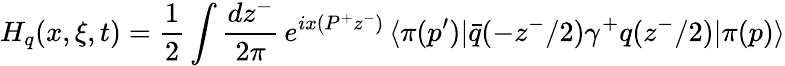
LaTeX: H_{q}(x,\xi,t)=\frac{1}{2}\int\frac{dz^{-}}{2\pi}\, e^{ix(P^{+}z^{-})}\, \langle\pi(p^{\prime})|\bar{q}(-z^{-}/2)\gamma^{+}q(z^{-}/2)|\pi(p)\rangle